画像に写った文字を読んでください
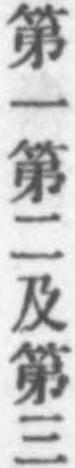
「第一第二及第三」と書いてあります